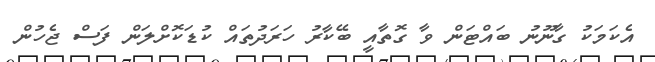
އެކަމަކު ގާނޫނު ބައްޓަން ވާ ގޮތާއީ ބޭކާރު ހަރަދުތައް ކުޑަކޮށްލަން ފަސް ޖެހުން